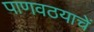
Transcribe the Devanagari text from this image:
पाणवठयाचें